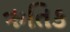
ઋતિક